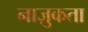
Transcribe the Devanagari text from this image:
नाज़ुकता